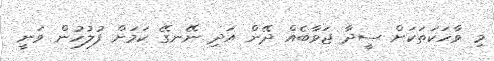
މި ވާހަކަތަކަށް ސީދާ ޖަވާބެއް ދޭން އަދި ނޭނގޭ ކަމަށް ފުލުހުން ވަނީ